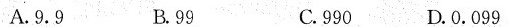
A.9.9 B.99 C.990 D.0.099